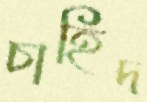
চাহিদ